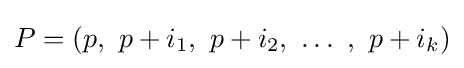
P=(p,\ p+i_{1},\ p+i_{2},\ \dots \ ,\ p+i_{k})